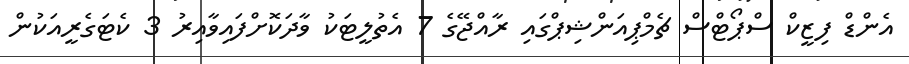
އެންޑް ފިޒީކް ސްޕޯޓްސް ޗެމްޕިއަންޝިޕްގައި ރާއްޖޭގެ 7 އެތުލީޓަކު ވާދަކޮށްފައިވާއިރު 3 ކެޓަގެރީއަކުން